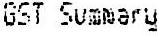
GST SUMMARY